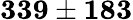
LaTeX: \mathbf{339\pm 183}